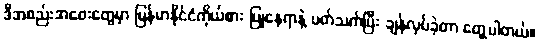
ဒီအစည်းအဝေးတွေမှာ မြန်မာနိုင်ငံကိုယ်စား ပြုနေရာနဲ့ ပတ်သက်ပြီး ချန်လှပ်ခဲ့တာ တွေ့ပါတယ်။